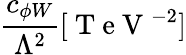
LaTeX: \frac{c_{\phi W}}{\Lambda^{2}}[\mathrm{~T~e~V~}^{-2}]